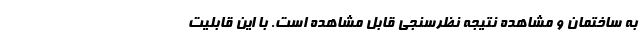
به ساختمان و مشاهده نتیجه نظرسنجی قابل مشاهده است. با این قابلیت